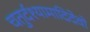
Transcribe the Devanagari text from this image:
चतुर्दश्यामादिदेवो